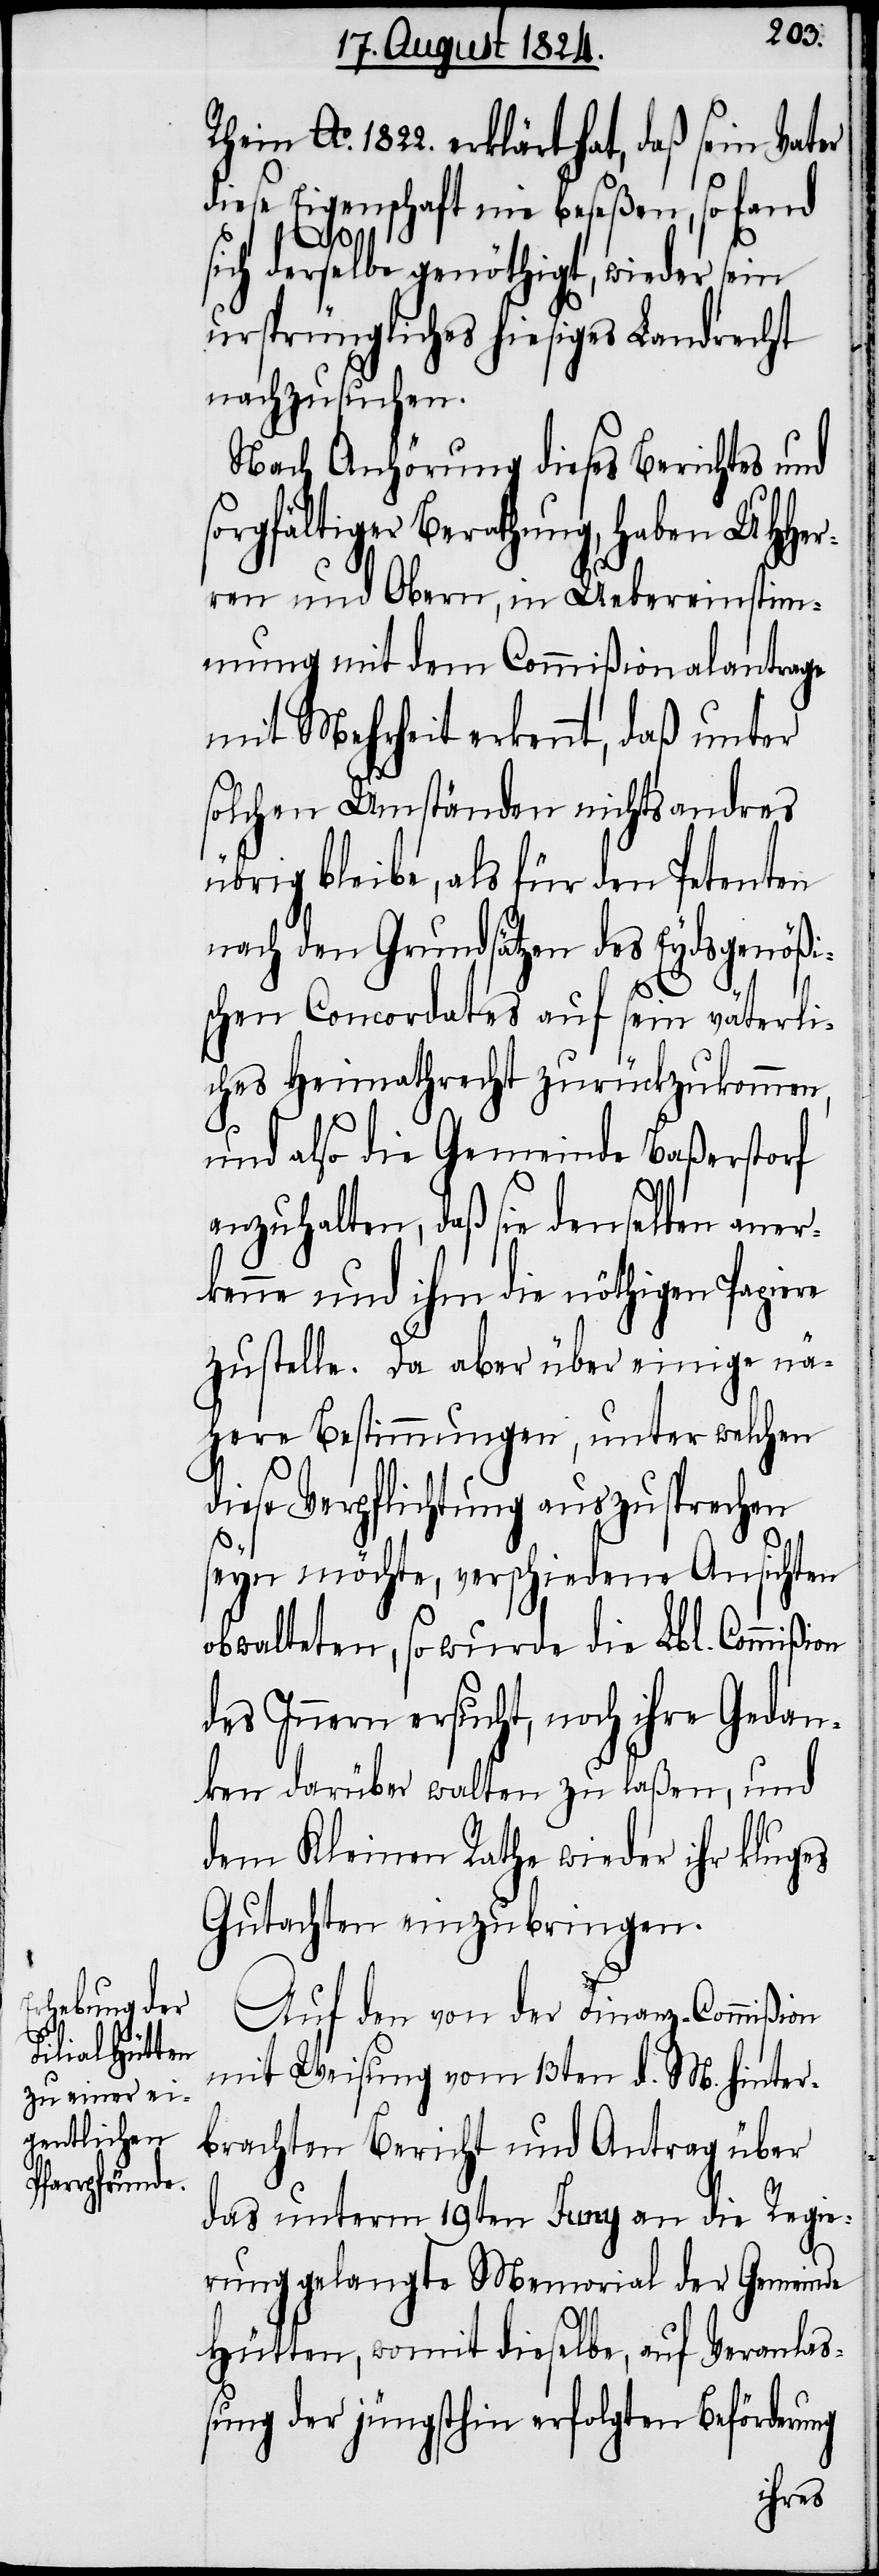
on
Ao. 1822. erklärt hat, daß sein Vater
diese Eigenschaft nie beseßen, so fand
sich derselbe genöthigt, wieder sein
ursprüngliches hiesiges Landrecht
nachzusuchen.
Nach Anhörung dieses Berichtes und
sorgfältiger Berathung, haben UHHer¬
ren und Obern, in Uebereinstim¬
mung mit dem Commißionalantrage
mit Mehrheit erkennt, daß unter
solchen Umständen nichts andres
übrig bleibe, als für den Petenten
nach den Grundsätzen des Eydsgenößi¬
schen Concordates auf sein väterli¬
ches Heimathrecht zurückzukommen,
und also die Gemeinde Baßerstorf
anzuhalten, daß sie denselben aner¬
kenne und ihm die nöthigen Papiere
zustelle. Da aber über einige nä¬
here Bestimmungen, unter welchen
diese Verpflichtung auszusprechen
seyn möchte, verschiedene Ansichten
obwalteten, so wurde die Lbl. Commißi¬
des Innern ersucht, noch ihre Gedan¬
ken darüber walten zu laßen, und
dem Kleinen Rath wieder ihr kluges
Gutachten einzubringen.
Auf den von der Finanz-Commißion
mit Weisung vom 13ten d. M. hinter¬
brachten Bericht und Antrag über
das unterm 19ten Juny an die Regie¬
rung gelangte Memorial der Gemeinde
Hütten, womit dieselbe, auf Veranlaß¬
ung der jüngsthin erfolgten Beförderung